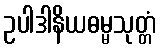
ဥပါဒါနိယဓမ္မသုတ္တံ